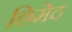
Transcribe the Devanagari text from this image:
छिमेद